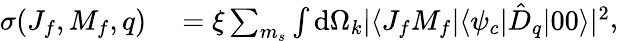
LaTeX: \begin{array}{rl}{\sigma(J_{f},M_{f},q)}&{{}=\xi\sum_{m_{s}}\int\mathrm{d}\Omega_{k}|\langle J_{f}M_{f}|\langle\psi_{c}|\hat{D}_{q}|00\rangle|^{2}}\end{array},